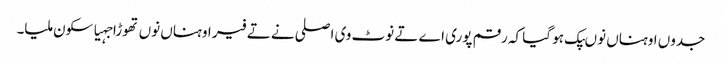
جدوں اوہناں نوںپک ہو گیا کہ رقم پوری اے تے نوٹ وی اصلی نے تے فیر اوہناں نوں تھوڑا جہیا سکون ملیا۔